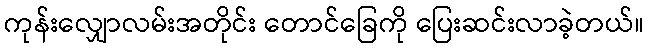
ကုန်းလျှောလမ်းအတိုင်း တောင်ခြေကို ပြေးဆင်းလာခဲ့တယ်။